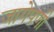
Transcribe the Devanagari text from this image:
जागेपणी